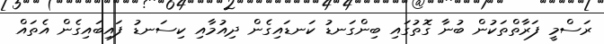
ރަސްމީ ފަރާތްތަކުން ބުނާ ގޮތުގައި ބިންގަނޑު ކަނޑައިގެން ދިއުމާއި ކިސަނޑު ފައިބައިގެން އެތައް